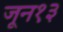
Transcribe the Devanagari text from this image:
जून१३